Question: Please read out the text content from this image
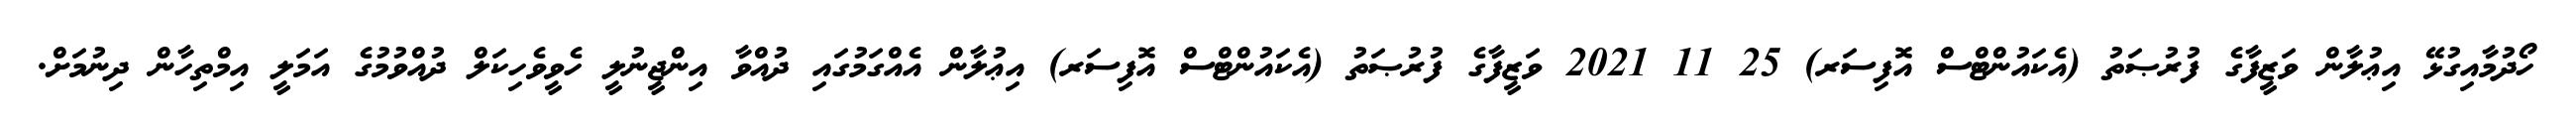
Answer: ހޯދުމާއިގުޅޭ އިޢުލާން ވަޒީފާގެ ފުރުޞަތު (އެކައުންޓްސް އޮފިސަރ) 25 11 2021 ވަޒީފާގެ ފުރުޞަތު (އެކައުންޓްސް އޮފިސަރ) އިޢުލާން އެއްގަމުގައި ދުއްވާ އިންޖީނުލީ ހެވީވެހިކަލް ދުއްވުމުގެ އަމަލީ އިމްތިހާން ދިނުމަށް.